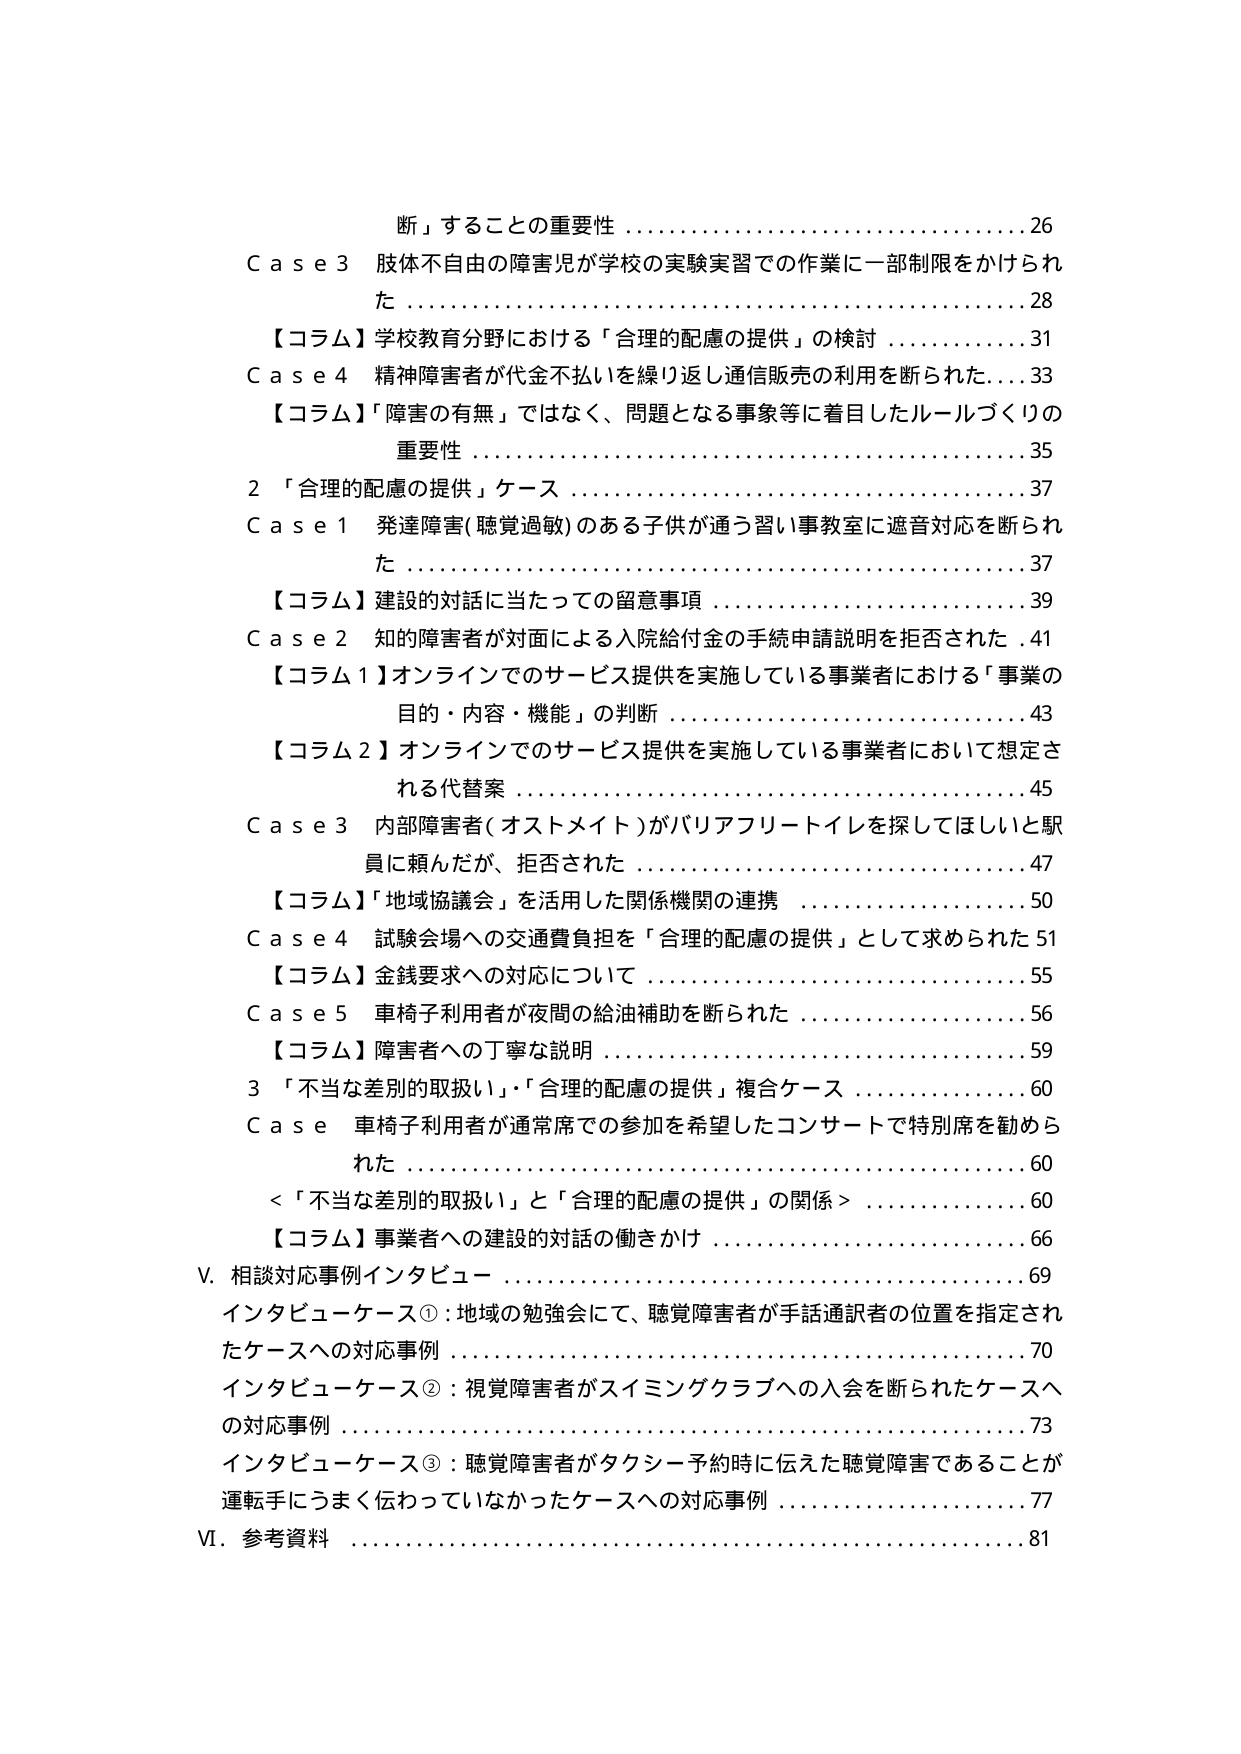
断」することの重要性.................................26
Case 3 肢体不自由の障害児が学校の実験実習での作業に一部制限をかけられた.................................28
【コラム】学校教育分野における「合理的配慮の提供」の検討.................................31
Case 4 精神障害者が代金不払いを繰り返し通信販売の利用を断られた.................................33
【コラム】「障害の有無」ではなく、問題となる事象等に着目したルールづくりの重要性.................................35
2 「合理的配慮の提供」ケース.................................37
Case 1 発達障害(聴覚過敏)のある子供が通う習い事教室に遮音対応を断られた.................................37
【コラム】建設的対話に当たっての留意事項.................................39
Case 2 知的障害者が対面による入院給付金の手続申請説明を拒否された.................................41
【コラム1】オンラインでのサービス提供を実施している事業者における「事業の目的・内容・機能」の判断.................................43
【コラム2】オンラインでのサービス提供を実施している事業者において想定される代替案.................................45
Case 3 内部障害者(オストメイト)がバリアフリートイレを探してほしいと駅員に頼んだが、拒否された.................................47
【コラム】「地域協議会」を活用した関係機関の連携.................................50
Case 4 試験会場への交通費負担を「合理的配慮の提供」として求められた.................................51
【コラム】金銭要求への対応について.................................55
Case 5 車椅子利用者が夜間の給油補助を断られた.................................56
【コラム】障害者への丁寧な説明.................................59
3 「不当な差別的取扱い」・「合理的配慮の提供」複合ケース.................................60
Case 車椅子利用者が通常席での参加を希望したコンサートで特別席を勧められた.................................60
＜「不当な差別的取扱い」と「合理的配慮の提供」の関係＞.................................60
【コラム】事業者への建設的対話の働きかけ.................................66
V. 相談対応事例インタビュー.................................69
インタビューケース①：地域の勉強会にて、聴覚障害者が手話通訳者の位置を指定されたケースへの対応事例.................................70
インタビューケース②：視覚障害者がスイミングクラブへの入会を断られたケースへの対応事例.................................73
インタビューケース③：聴覚障害者がタクシー予約時に伝えた聴覚障害であることが運転手にうまく伝わっていなかったケースへの対応事例.................................77
VI. 参考資料.................................81